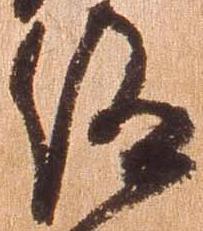
仰